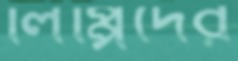
লিপ্পিদের